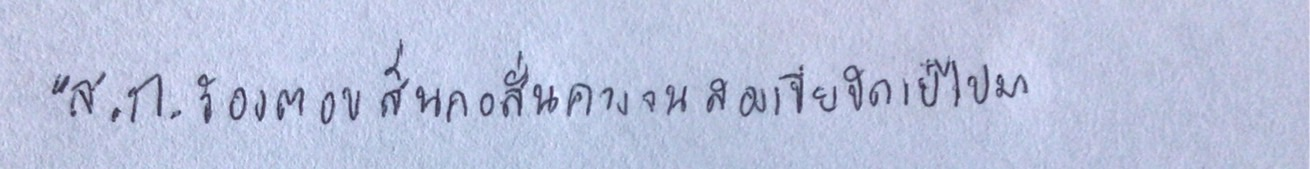
"ส.ก.ร้องตอบสั่นคอสั่นคางจนสองเปียปัดเป๋ไปมา